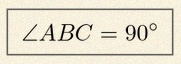
\angle ABC=90^\circ